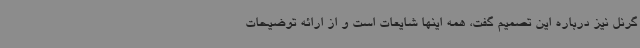
گرنل نیز درباره این تصمیم گفت، همه اینها شایعات است و از ارائه توضیحات